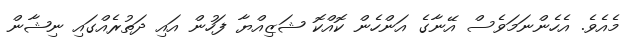
މެއެވެ. އެހެންނަމަވެސް އޭނާގެ އަންހެން ކޮއްކޮ ޝަޒިއްޔާ ފަހުން އައި ދަތުރެއްގައި ނިޝާން